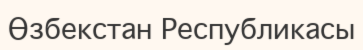
Өзбекстан Республикасы